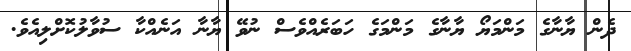
ދެން ޔާނާގެ މަންމަޔޯ ޔާނާގެ މަންމަގެ ހަބަރެއްވެސް ނުވޭ ޔާނާ އަނެއްކާ ސުވާލުކޮށްލިއެވެ.